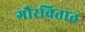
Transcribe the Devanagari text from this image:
गौरवितात